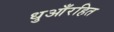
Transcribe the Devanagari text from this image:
धुआँरहित